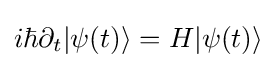
i\hbar {\partial }_{t}|\psi (t)\rangle =H|\psi (t)\rangle